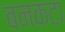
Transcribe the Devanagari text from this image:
बनकटा